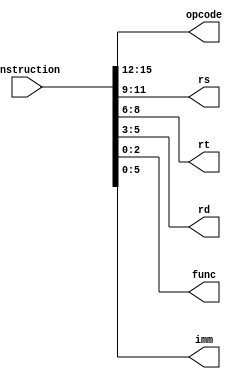
module instruction_decode(instruction, opcode, rs, rt, rd, func, imm);

input [15:0] instruction;

output [3:0] opcode;
output [2:0] rs;
output [2:0] rt;
output [2:0] rd;
output [2:0] func;
output [5:0] imm;

and i15(opcode[3], instruction[15], 1'b1);
and i14(opcode[2], instruction[14], 1'b1);
and i13(opcode[1], instruction[13], 1'b1);
and i12(opcode[0], instruction[12], 1'b1);

and i11(rs[2], instruction[11], 1'b1);
and i10(rs[1], instruction[10], 1'b1);
and i9(rs[0], instruction[9], 1'b1);

and i8(rt[2], instruction[8], 1'b1);
and i7(rt[1], instruction[7], 1'b1);
and i6(rt[0], instruction[6], 1'b1);

and i5(rd[2], instruction[5], 1'b1);
and i4(rd[1], instruction[4], 1'b1);
and i3(rd[0], instruction[3], 1'b1);

and i2(func[2], instruction[2], 1'b1);
and i1(func[1], instruction[1], 1'b1);
and i0(func[0], instruction[0], 1'b1);

and imm5(imm[5], instruction[5], 1'b1);
and imm4(imm[4], instruction[4], 1'b1);
and imm3(imm[3], instruction[3], 1'b1);
and imm2(imm[2], instruction[2], 1'b1);
and imm1(imm[1], instruction[1], 1'b1);
and imm0(imm[0], instruction[0], 1'b1);


endmodule